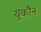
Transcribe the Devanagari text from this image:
यूकौन